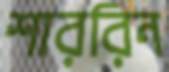
শাররিন